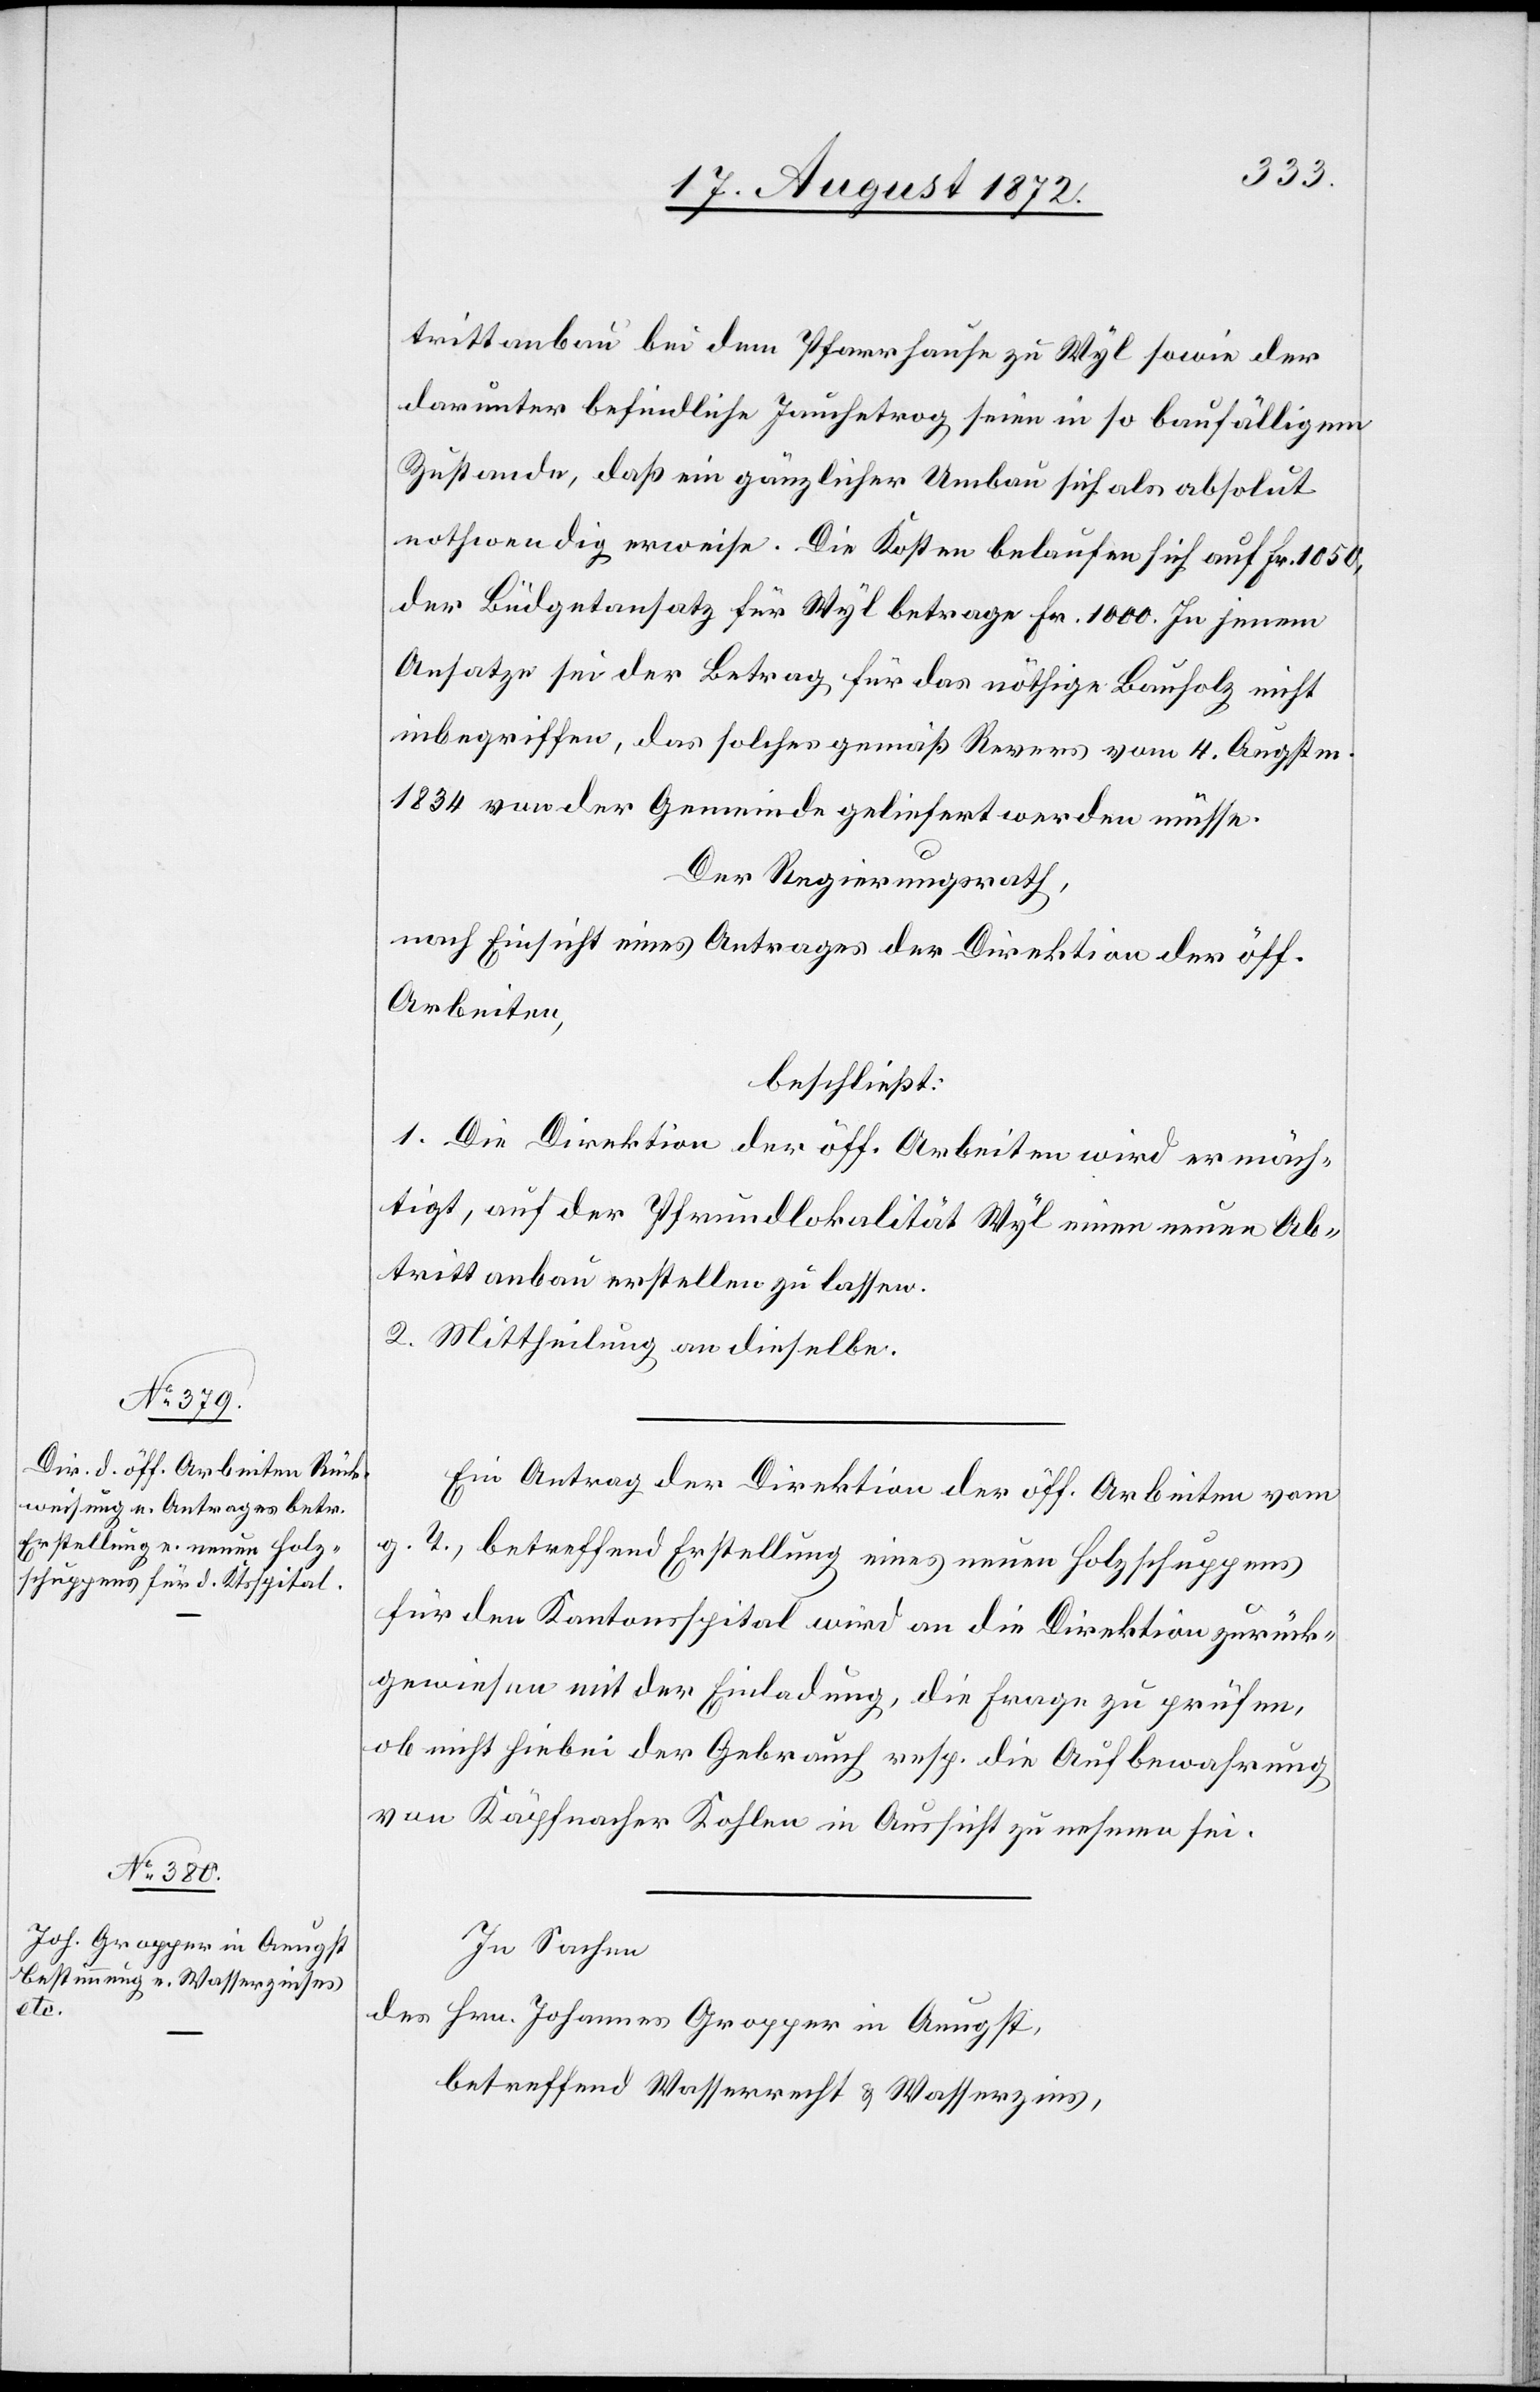
4.

trittanbau bei dem Pfarrhause zu Wyl sowie der
darunter befindlichen Jauchetrog seien in so baufälligem
Zustande, daß ein gänzlicher Umbau sich als absolut
nothwendig erweise. Die Kosten belaufen sich auf Fr. 1050,
der Büdgetansatz für Wyl betrage Fr. 1000. In jenem
Ansatze sei der Betrag für das nöthige Bauholz nicht
1834 von der Gemeinde geliefert werden müsse.
Der Regierungsrath,
nach Einsicht eines Antrages der Direktion der öff.
Arbeiten,
beschließt:
1. Die Direktion der öff. Arbeiten wird ermäch¬
tigt, auf der Pfrundlokalität Wyl einen neuen Ab¬
trittanbau erstellen zu lassen.
2. Mittheilung an dieselbe.
Ein Antrag der Direktion der öff. Arbeiten vom
g.
T., betreffend Erstellung eines neuen Holzschuppens
für den Kantonsspital wird an die Direktion zurück¬
gewiesen mit der Einladung, die Frage zu prüfen,
ob nicht hiebei der Gebrauch resp. die Aufbewahrung
von Käpfnacher Kohlen in Aussicht zu nehmen sei.
In Sachen,
des Hrn. Johannes Gropper in Aeugst,
betreffend Wasserrecht u. Wasserzins,